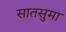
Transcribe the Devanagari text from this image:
सातसुमा